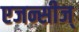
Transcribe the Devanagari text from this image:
एजन्सीज्